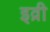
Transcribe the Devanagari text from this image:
इव्री